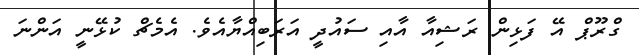
ގްރޫޕް އޭ ފަޅިން ރަޝިއާ އާއި ސައުދީ އަރަބިއްޔާއެވެ. އެމެޗް ކުޅޭނީ އަންނަ